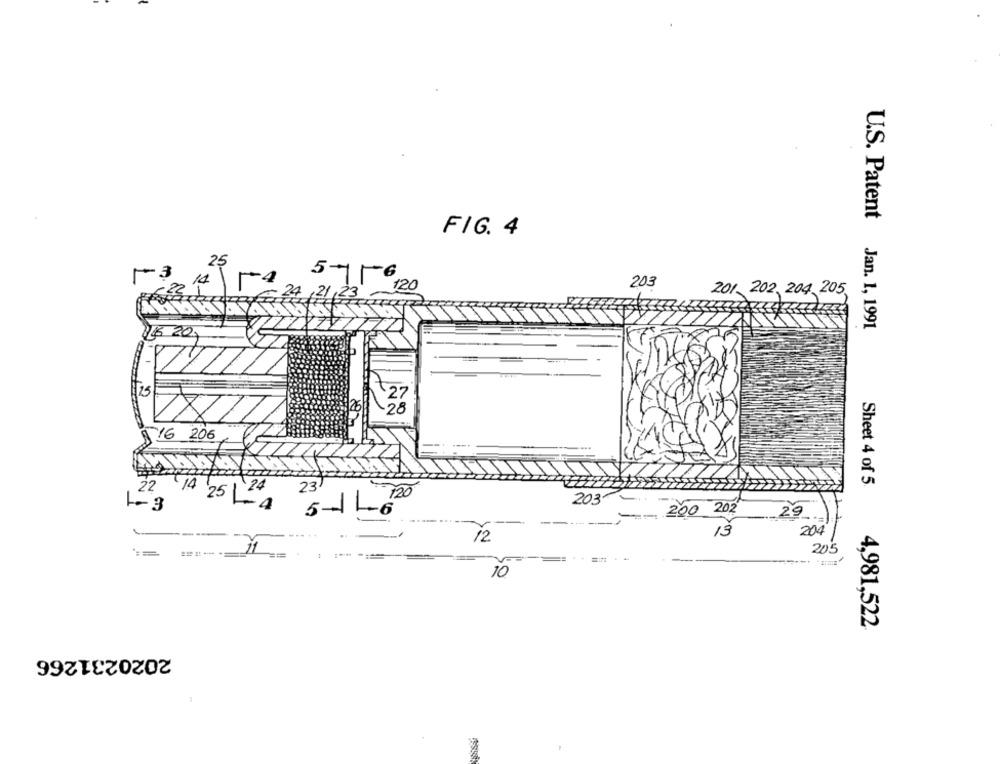
FIG. 4
25
5
13
6
14
4
120
203
201 202, 204 205,
U.S. Patent Jan. 1, 1991
6 2
25
28
$16 206
Sheet 4 of 5
22
23
120
203- -
1-3
22 14 25 14
5-1 1-6
200 202
--
29
13
204
12
205
10
4,981,522
2020231266